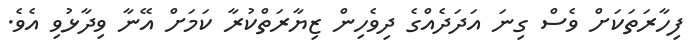
ފިހާރަތަކަށް ވެސް ގިނަ އަދަދެއްގެ ދިވެހިން ޒިޔާރަތްކުރާ ކަމަށް އޭނާ ވިދާޅުވި އެވެ.